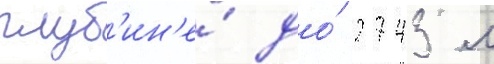
глуб'ин'е́ до́ 2743 м